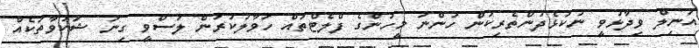
އަނިލް ވިދާޅުވީ ނުކުޅެދުންތެރިކަން ހުންނަ މީހުންގެ ފްލެޓްތައް ހަވާލުކުރުން ލަސްވީ ގިނަ ޝަކުވާތަކެއް